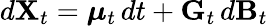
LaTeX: d\mathbf{X}_{t}={\boldsymbol{\mu}}_{t}\, dt+\mathbf{G}_{t}\, d\mathbf{B}_{t}